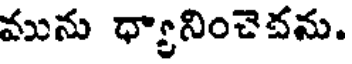
మును ధ్యానించెచను.